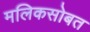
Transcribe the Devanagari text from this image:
मलिकसोबत